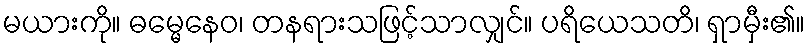
မယားကို။ ဓမ္မေနေဝ၊ တနရားသဖြင့်သာလျှင်။ ပရိယေသတိ၊ ရှာမှီး၏။